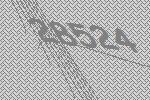
28524